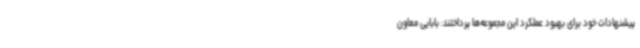
پیشنهادات خود برای بهبود عملکرد این مجموعه‌ها پرداختند: بابایی معاون